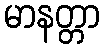
မာနတ္တာ